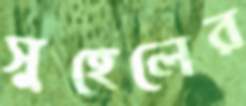
সুহেলের